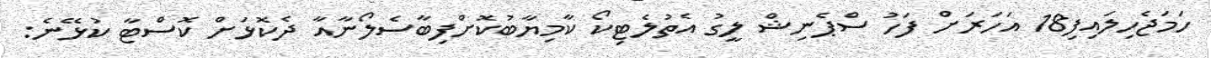
ހަމަޖެހިލައިފި18 އަހަރަށް ފަހު ސްޕެނިޝް ލީގު އެތުލެޓިކޯ ކާމިޔާބުކޮށްފިބާސެލޯނާއާ ދެކޮޅަށް ކޮސްޓާ ކުޅޭނެ: